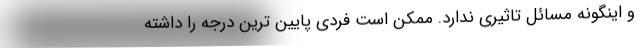
و اینگونه مسائل تاثیری ندارد. ممکن است فردی پایین ترین درجه را داشته